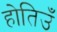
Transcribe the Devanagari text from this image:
होतिउँ